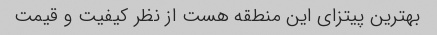
بهترین پیتزای این منطقه هست از نظر کیفیت و قیمت